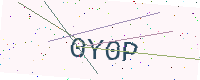
Text: 0Y0P